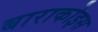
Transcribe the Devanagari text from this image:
बाराकोइस